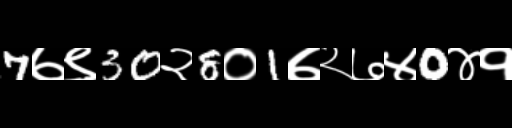
Text: 7७९30२8०1७२७४0४१